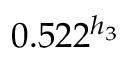
0 . 5 2 2 ^ { h _ { 3 } }